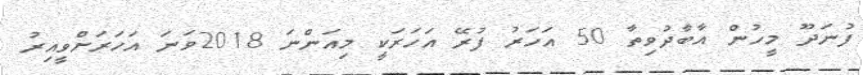
ފުނަދޫ މީހުން އާބާދުވިތާ 50 އަހަރު ފުރޭ އަހަރަކީ މިއަންނަ 2018ވަނަ އަހަރަށްވީއިރު